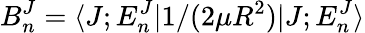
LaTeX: B_{n}^{J}=\langle J;E_{n}^{J}|1/(2\mu R^{2})|J;E_{n}^{J}\rangle